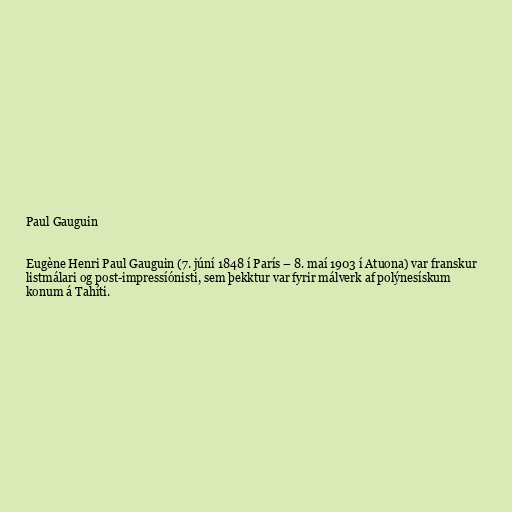
Paul Gauguin

Eugène Henri Paul Gauguin (7. júní 1848 í París – 8. maí 1903 í Atuona) var franskur
listmálari og post-impressíónisti, sem þekktur var fyrir málverk af polýnesískum
konum á Tahíti.